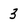
Character: 3